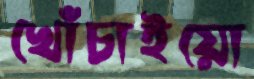
খোঁচাইয়ো